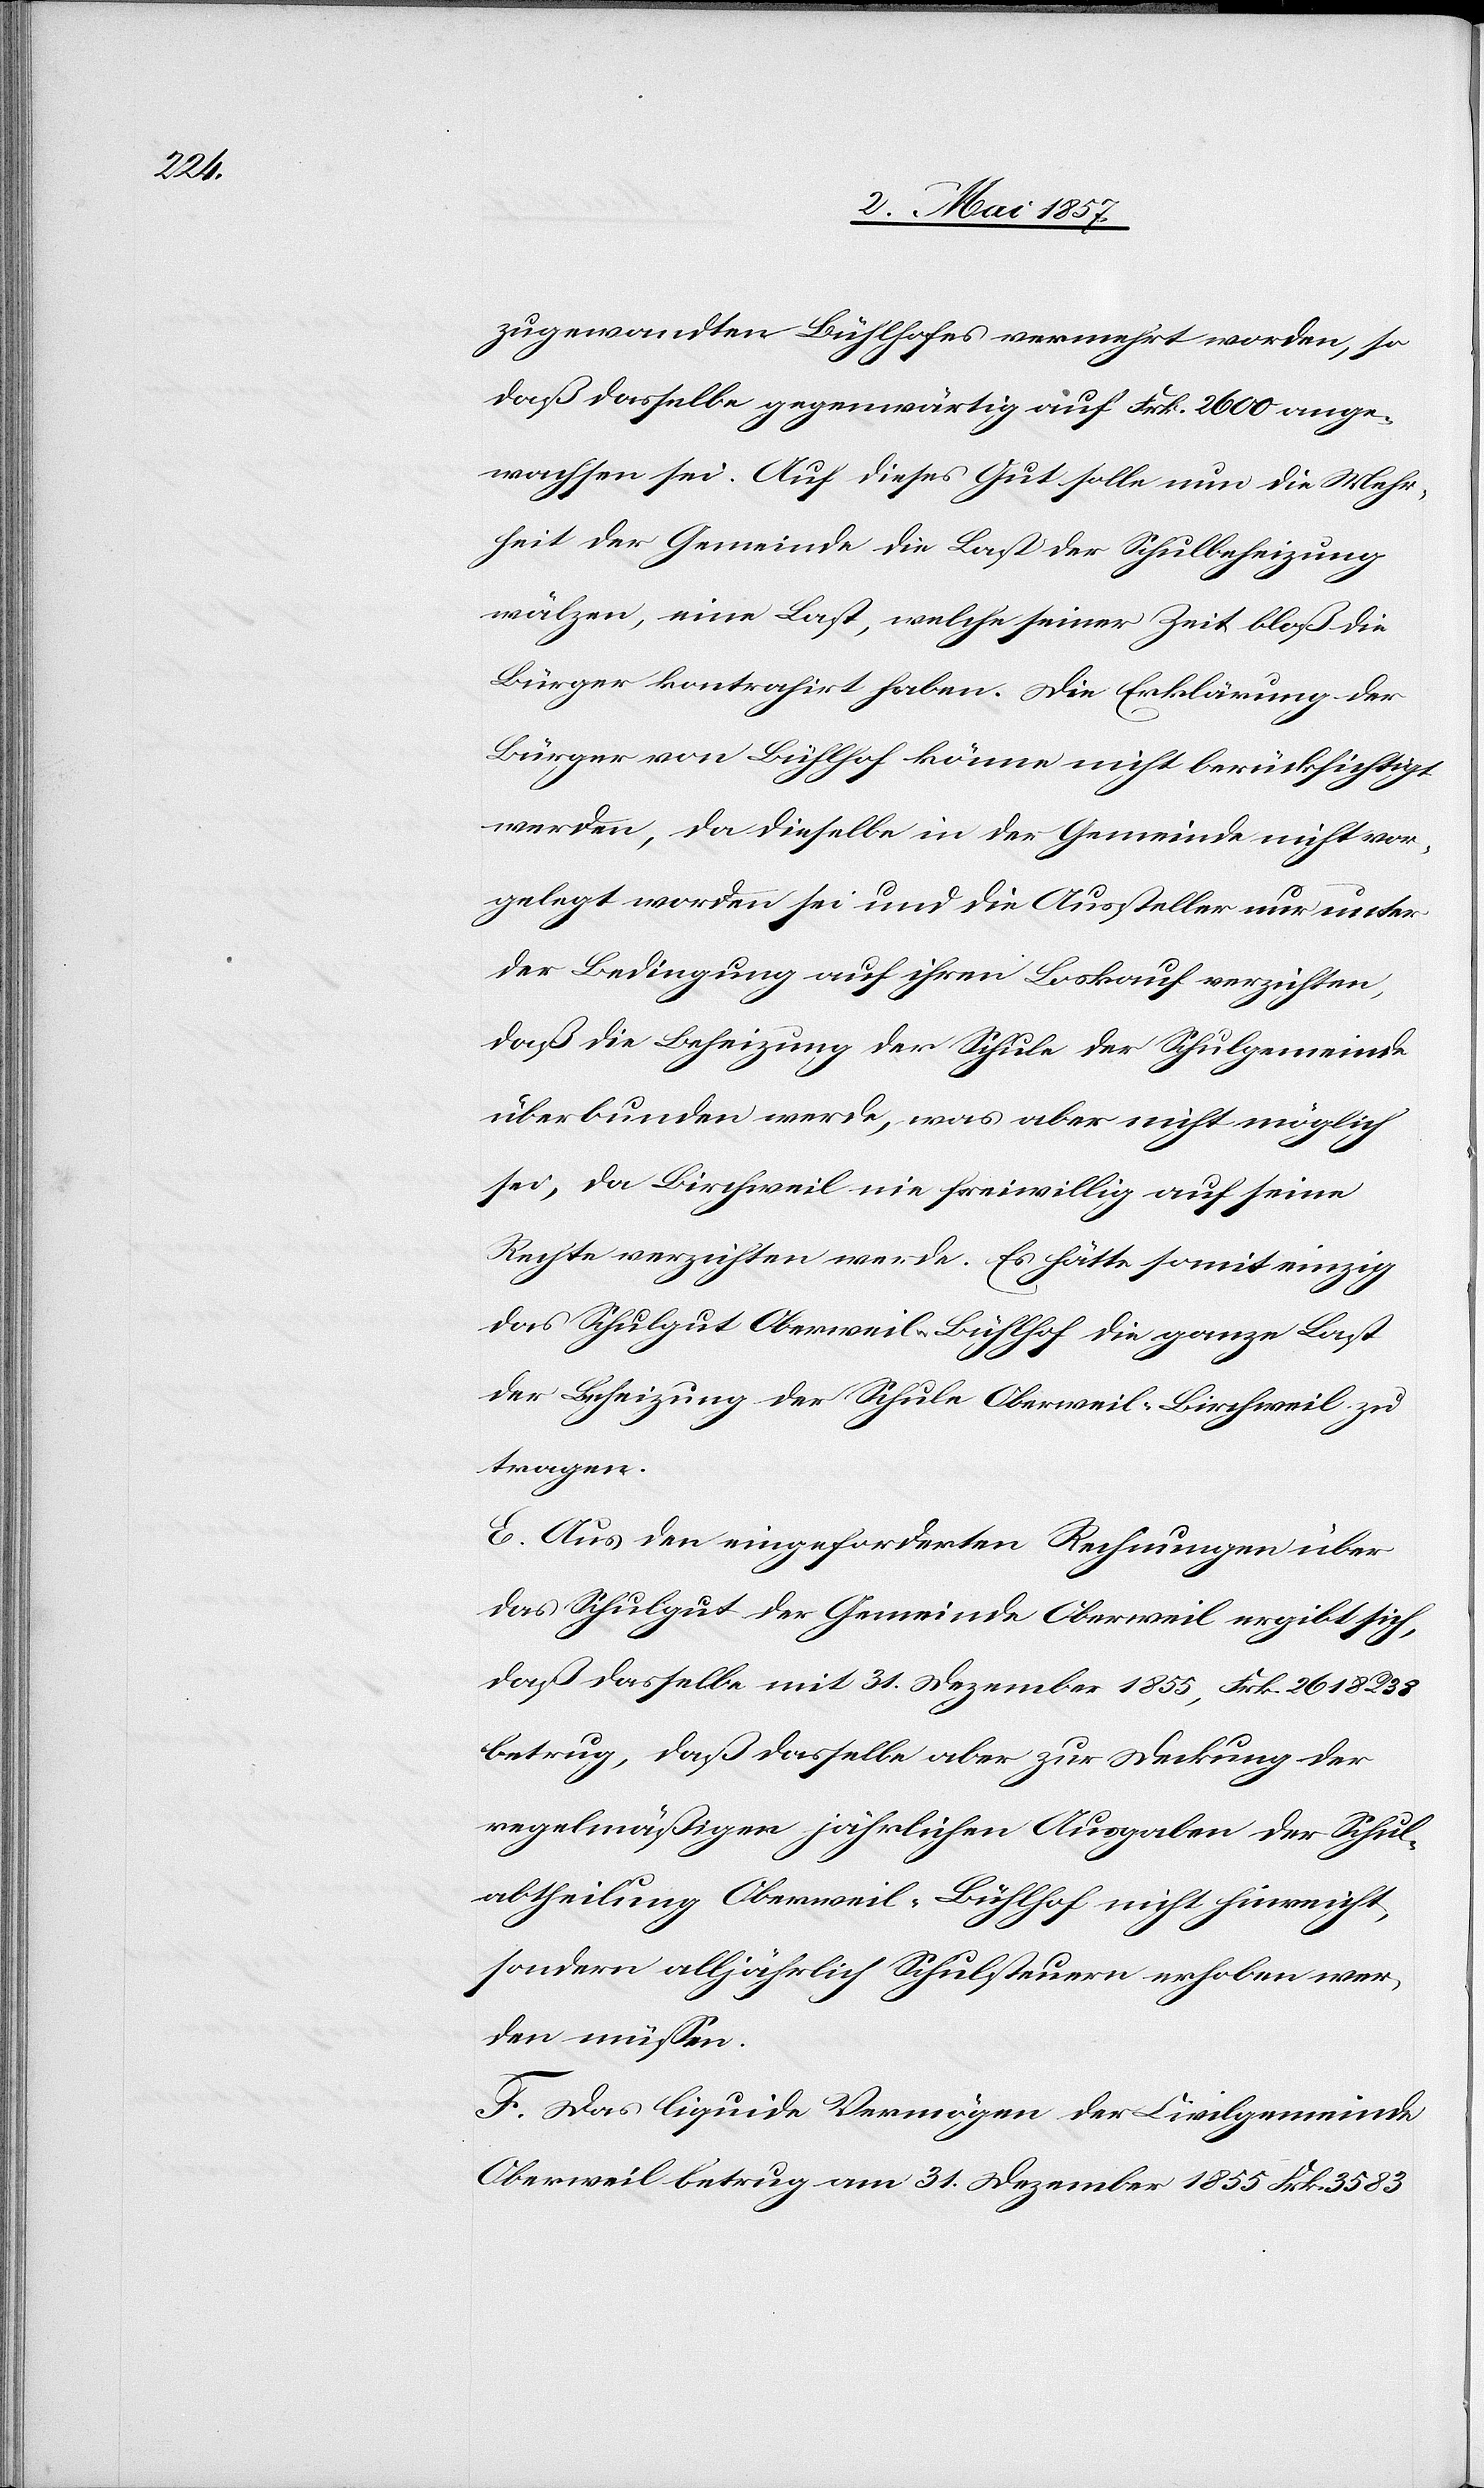
zugewandten Bühlhofes vermehrt worden, so
daß dasselbe gegenwärtig auf Frk. 2600 ange¬
wachsen sei. Auf dieses Gut solle nun die Mehr¬
heit der Gemeinde die Last der Schulheizung
wälzen, eine Last, welche seiner Zeit bloß die
Bürger von Bühl könne nicht berücksichtigt
werden, da dieselbe in der Gemeinde nicht vor¬
gelegt worden sei und die Aussteller nur unter
der Bedingung auf ihren Loskauf verzichten,
daß die Beheizung der Schule der Schulgemeinde
überbunden werde, was aber nicht möglich
sei, da Birchweil nie freiwillig auf seine
Rechte verzichten werde. Es hätte somit einzig
das Schulgut Oberweil-Bühlhof die ganze Last
der Beheizung der Schule Oberweil-Birchweil zu
tragen.
E. Aus den eingeforderten Rechnungen über
das Schulgut der Gemeinde Oberweil ergibt sich,
daß dasselbe mit 31 Dezember 1855, Frk. 2618 R. 38
betrug, daß dasselbe aber zur Deckung der
regelmäßigen jährlichen Ausgaben der Schul¬
abtheilung Oberweil-Bühlhof nicht hinreicht,
sondern alljährlich Schulsteuern erhoben wer¬
den müssen.
F. Das liquide Vermögen der Civilgemeinde
Oberweil betrug am 31 Dezember 1855 Frk. 3583